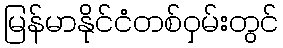
မြန်မာနိုင်ငံတစ်ဝှမ်းတွင်